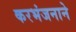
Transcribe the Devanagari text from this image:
करभंजनाने